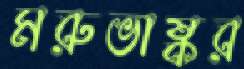
মরুভাষ্কর